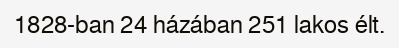
1828-ban 24 házában 251 lakos élt.